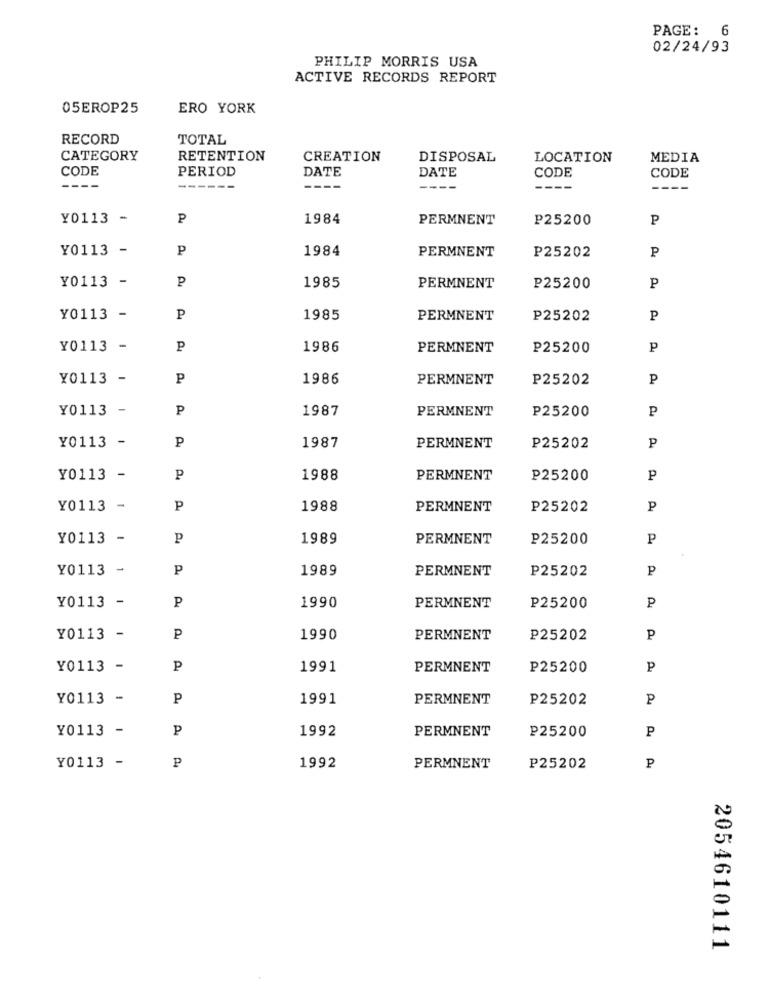
PAGE: 6
02/24/93
PHILIP MORRIS USA
ACTIVE RECORDS REPORT
05EROP25
ERO YORK
RECORD
TOTAL
CATEGORY
RETENTION
CREATION
DISPOSAL
LOCATION
MEDIA
CODE
PERIOD
DATE
DATE
CODE
CODE
---
Y0113 -
P
1984
PERMNENT
P25200
P
Y0113 -
P
1984
P25202
P
PERMNENT
Y0113 -
P
1985
PERMNENT
₽25200
P
Y0113 -
P
1985
PERMNENT
P25202
P
Y0113 -
P
1986
PERMNENT
P25200
P
Y0113 -
P
1986
PERMNENT
P25202
P
Y0113 -
P
1987
PERMNENT
P25200
P
Y0113 -
P
1987
PERMNENT
P25202
P
Y0113 -
P
1988
PERMNENT
P25200
P
Y0113 -
P
1988
PERMNENT
P25202
P
Y0113 -
P
1989
PERMNENT
P25200
P
Y0113 -
P
1989
PERMNENT
P25202
P
P
Y0113 -
1990
PERMNENT
P25200
P
Y0113 -
P
1990
PERMNENT
P25202
P
Y0113 -
P
1991
PERMNENT
P25200
P
Y0113 -
P
1991
PERMNENT
P25202
P
Y0113 -
P
1992
PERMNENT
P25200
P
1992
Y0113 -
P
PERMNENT
P25202
P
2054610111